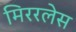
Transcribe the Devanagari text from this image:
मिररलेस